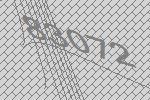
83072